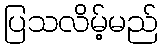
ပြသလိမ့်မည်